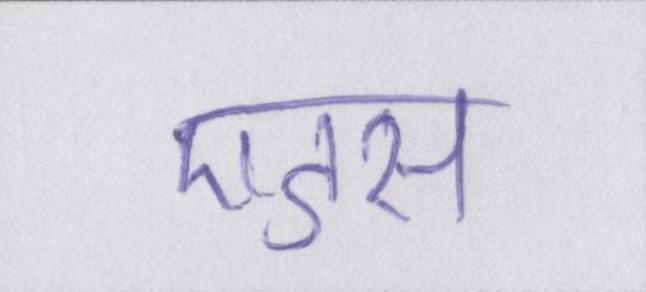
एडस